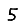
Digit: 5